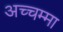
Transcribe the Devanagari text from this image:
अच्चम्मा